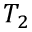
T _ { 2 }